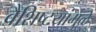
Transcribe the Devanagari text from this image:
वैशिष्टयांमुळे